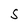
Character: S